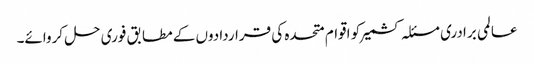
عالمی برادری مسئلہ کشمیر کو اقوام متحدہ کی قراردادوں کے مطابق فوری حل کروائے۔